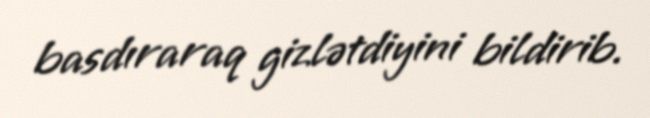
basdıraraq gizlətdiyini bildirib.